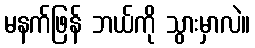
မနက်ဖြန် ဘယ်ကို သွားမှာလဲ။